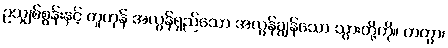
ဥသျှစ်စွန်းနှင့် တူကုန် အလွန်ရှည်သော အလွန်ချွန်သော သွားတို့ကို။ ကတွာ၊